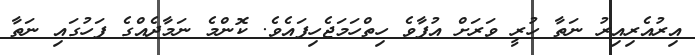
އިރުއެރިއިރު ނަތާ ހުރީ ވަރަށް އުފާވެ ހިތްހަމަޖެހިފައެވެ. ކޮންމެ ނަމާދެއްގެ ފަހުގައި ނަތާ